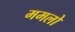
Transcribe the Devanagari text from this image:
ममलो